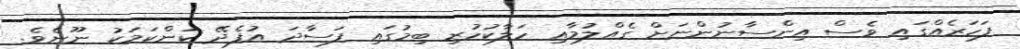
ފަހަރެއްގައި ވެސް އިންސާނުންނަށް ގެއްލުމާއި ހަލާކުހުރި ބިމުގައި ފަސާދަ އުފެދޭ ކަންކަމަކު ނޫނެވެ.